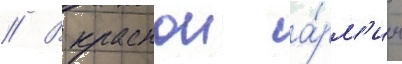
// В краснои а́рм'ии